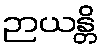
ဉာယန္တိ